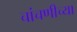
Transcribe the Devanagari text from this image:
चांचणीच्या